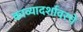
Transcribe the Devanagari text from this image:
काव्यादर्शावरचे